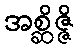
အစ္ဆိဇ္ဇိ